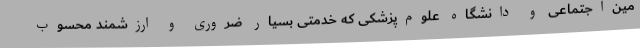
مین‌اجتماعی و دانشگاه علوم‌پزشکی که خدمتی بسیار ضروری و ارزشمند محسوب